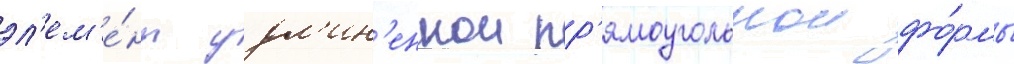
эл'ем'е́нт удл'ин'еннои пр'ямоугольнои фо́рмы